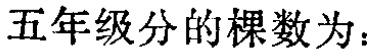
五年级分的棵数为：